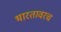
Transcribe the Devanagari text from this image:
भारतावरच